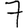
Digit: 7